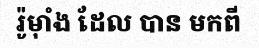
រ៉ូម៉ាំង ដែល បាន មកពី